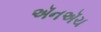
ઍનઍચ